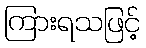
ကြားရသဖြင့်